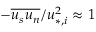
- \overline { { u _ { s } u _ { n } } } / u _ { * , i } ^ { 2 } \approx 1